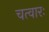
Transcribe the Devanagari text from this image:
चत्वारः